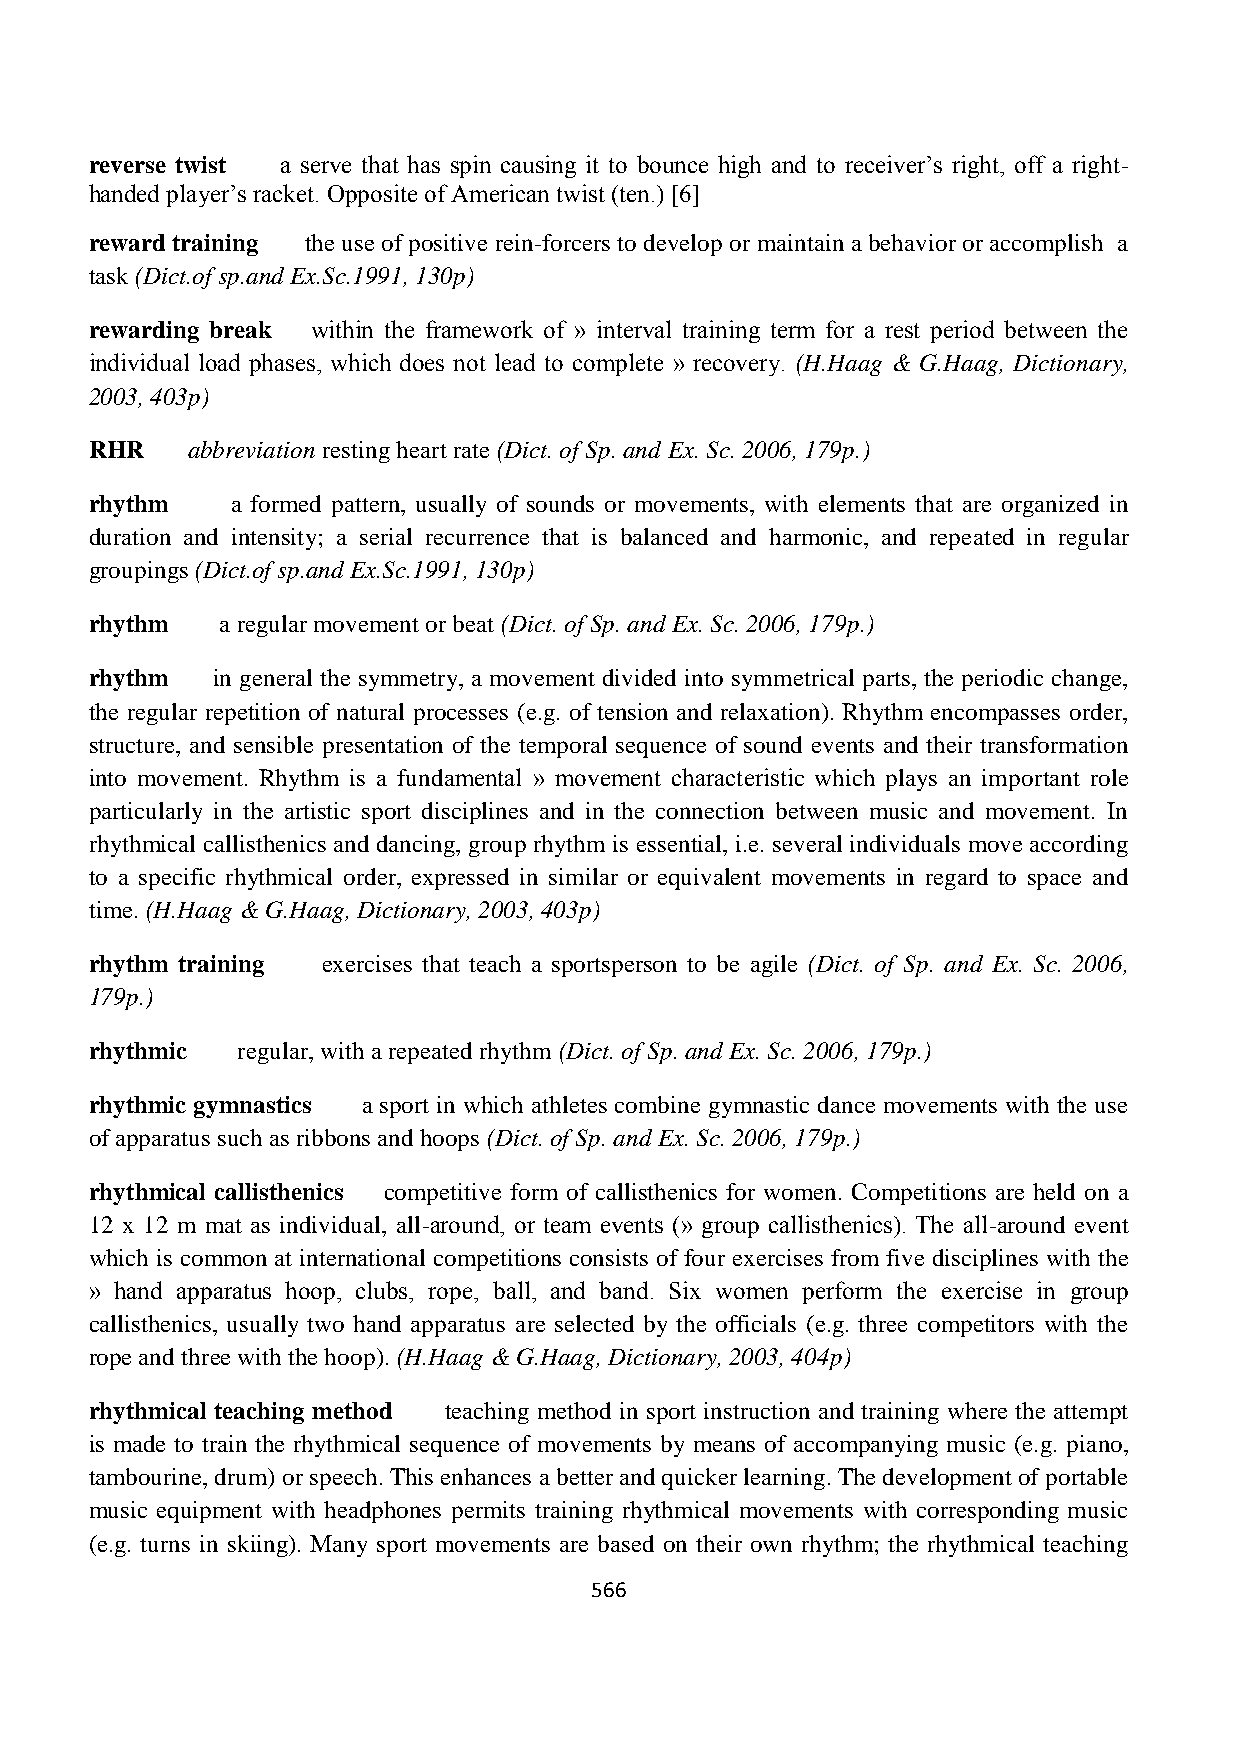
reverse twist a serve that has spin causing it to bounce high and to receiver’s right, off a right-
 handed player’s racket. Opposite of American twist (ten.) [6]
 reward training the use of positive rein-forcers to develop or maintain a behavior or accomplish a
 task (Dict.of sp.and Ex.Sc.1991, 130p)
 rewarding break within the framework of » interval training term for a rest period between the
 individual load phases, which does not lead to complete » recovery. (H.Haag & G.Haag, Dictionary,
 2003, 403p)
 RHR   abbreviation resting heart rate (Dict. of Sp. and Ex. Sc. 2006, 179p.)
 rhythm   a formed pattern, usually of sounds or movements, with elements that are organized in
 duration and intensity; a serial recurrence that is balanced and harmonic, and repeated in regular
 groupings (Dict.of sp.and Ex.Sc.1991, 130p)
 rhythm   a regular movement or beat (Dict. of Sp. and Ex. Sc. 2006, 179p.)
 rhythm  in general the symmetry, a movement divided into symmetrical parts, the periodic change,
 the regular repetition of natural processes (e.g. of tension and relaxation). Rhythm encompasses order,
 structure, and sensible presentation of the temporal sequence of sound events and their transformation
 into movement. Rhythm is a fundamental » movement characteristic which plays an important role
 particularly in the artistic sport disciplines and in the connection between music and movement. In
 rhythmical callisthenics and dancing, group rhythm is essential, i.e. several individuals move according
 to a specific rhythmical order, expressed in similar or equivalent movements in regard to space and
 time. (H.Haag & G.Haag, Dictionary, 2003, 403p)
 rhythm training exercises that teach a sportsperson to be agile (Dict. of Sp. and Ex. Sc. 2006,
 179p.)
 rhythmic  regular, with a repeated rhythm (Dict. of Sp. and Ex. Sc. 2006, 179p.)
 rhythmic gymnastics a sport in which athletes combine gymnastic dance movements with the use
 of apparatus such as ribbons and hoops (Dict. of Sp. and Ex. Sc. 2006, 179p.)
 rhythmical callisthenics competitive form of callisthenics for women. Competitions are held on a
 12 x 12 m mat as individual, all-around, or team events (» group callisthenics). The all-around event
 which is common at international competitions consists of four exercises from five disciplines with the
 » hand apparatus hoop, clubs, rope, ball, and band. Six women perform the exercise in group
 callisthenics, usually two hand apparatus are selected by the officials (e.g. three competitors with the
 rope and three with the hoop). (H.Haag & G.Haag, Dictionary, 2003, 404p)
 rhythmical teaching method teaching method in sport instruction and training where the attempt
 is made to train the rhythmical sequence of movements by means of accompanying music (e.g. piano,
 tambourine, drum) or speech. This enhances a better and quicker learning. The development of portable
 music equipment with headphones permits training rhythmical movements with corresponding music
 (e.g. turns in skiing). Many sport movements are based on their own rhythm; the rhythmical teaching
 566